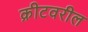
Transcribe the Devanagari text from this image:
क्रीटवरील